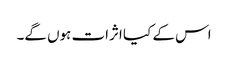
اس کے کیا اثرات ہوں گے۔